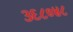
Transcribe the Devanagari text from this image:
३६८०४८